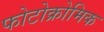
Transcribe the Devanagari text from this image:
फोटोक्रोमिक